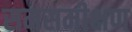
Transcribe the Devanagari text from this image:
समसमीक्षण